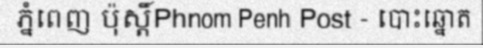
ភ្នំពេញ ប៉ុស្តិ៍Phnom Penh Post - បោះឆ្នោត